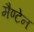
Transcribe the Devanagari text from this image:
मैण्टेन